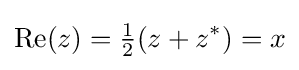
\operatorname {\mathrm {Re} } (z)={\tfrac {1}{2}}(z+z^{*})=x